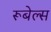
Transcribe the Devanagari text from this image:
रूबेल्स